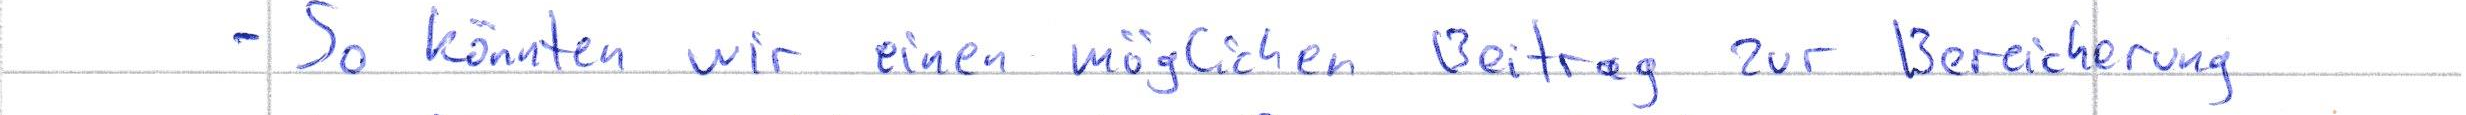
- So könnten wir einen möglichen Beitrag zur Bereicherung